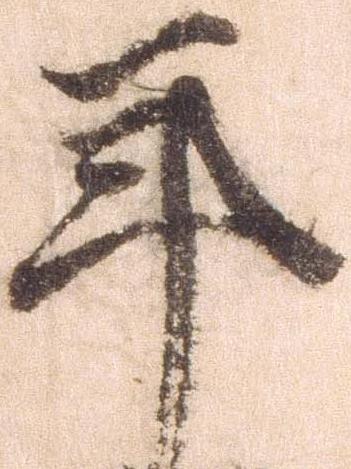
年